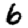
Digit: 6